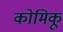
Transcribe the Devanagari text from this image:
कोमिकू